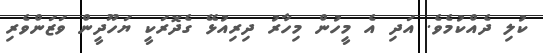
ކުލި ދެއްކުމެވެ. އަދި އެ މީހުން މިހާރު ދިރިއުޅޭ ގެދޮރަކީ ޔަހޫދީން ވަޒަންވެރި